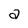
Character: a